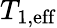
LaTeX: T_{1,\mathrm{eff}}